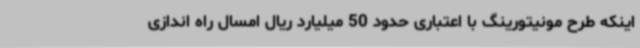
اینکه طرح مونیتورینگ با اعتباری حدود 50 میلیارد ریال امسال راه اندازی